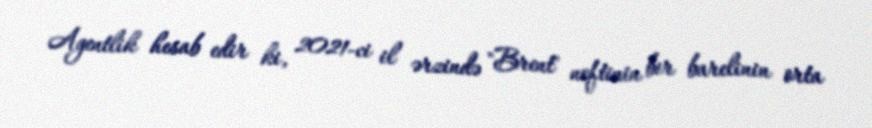
Agentlik hesab edir ki, 2021-ci il ərzində "Brent" neftinin bir barelinin orta